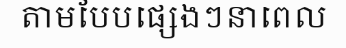
តាមបែបផ្សេងៗនាពេល